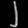
Digit: ၂